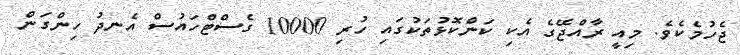
ޖެހުމެކެވެ. މިއީ ރާއްޖޭގެ އެކި ކަންކޮޅުތަކުގައި ހުރި 10000 ގެސްޓްހައުސް އެނދު ހިންގަން